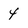
Character: y